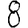
Digit: 8